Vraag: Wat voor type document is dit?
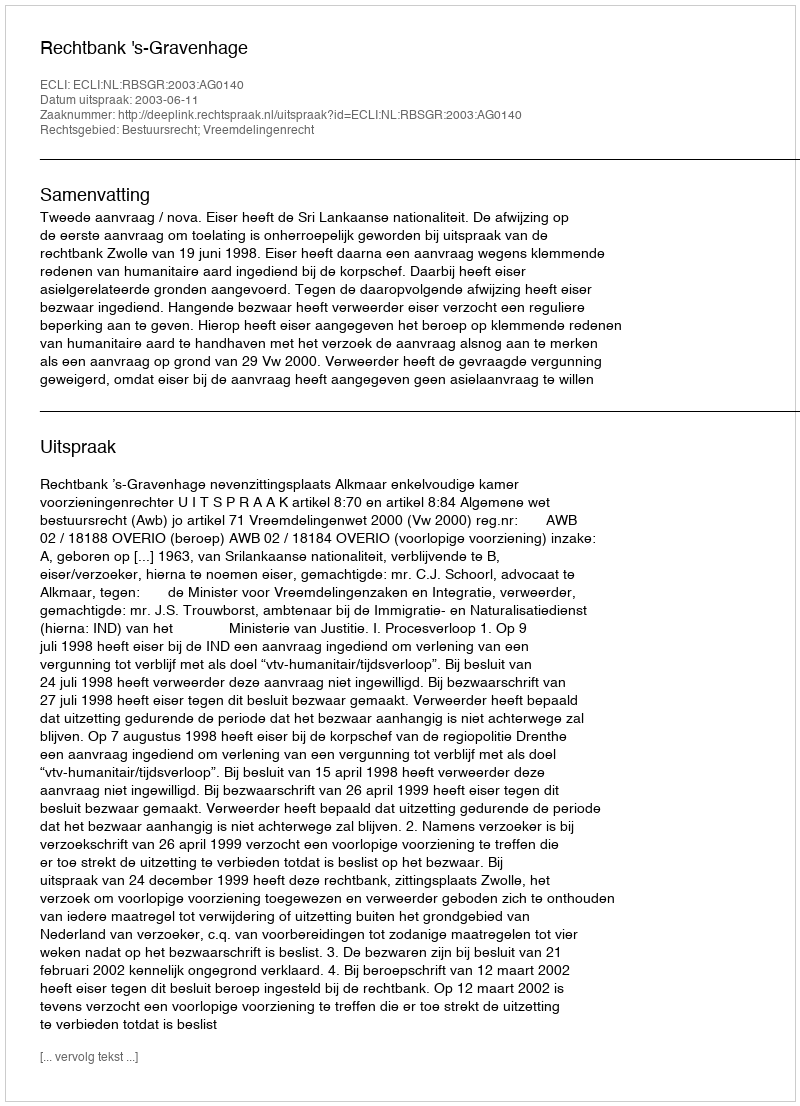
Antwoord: Uitspraak